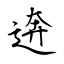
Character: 逩